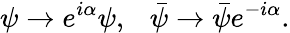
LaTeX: \psi\rightarrow e^{i\alpha}\psi,\ \ \ \bar{\psi}\rightarrow\bar{\psi}e^{-i\alpha}.